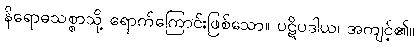
နိရောဓသစ္စာသို့ ရောက်ကြောင်းဖြစ်သော။ ပဋိပဒါယ၊ အကျင့်၏။